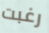
رغبت